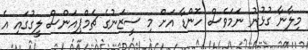
މިލާނާ ގުޅުނު ނަމަވެސް ހޮންޑާ އަށް މި ސީޒަނުގެ ޗެމްޕިއަންސް ލީގުގައި އެ